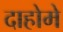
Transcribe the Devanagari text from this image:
दाहोमे